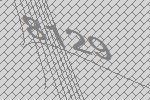
8129